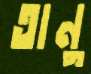
তানু